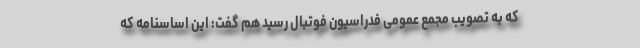
که به تصویب مجمع عمومی فدراسیون فوتبال رسید هم گفت: این اساسنامه که